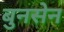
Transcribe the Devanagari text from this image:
बुनसेन